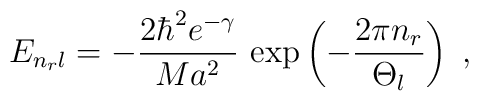
E_{ n_{r} l }=-\frac{2 \hbar^{2} e^{-\gamma}}{M a^{2} }\,\exp \left( - \frac{2 \pi n_{r} }{ \Theta_{l} } \right)\; ,